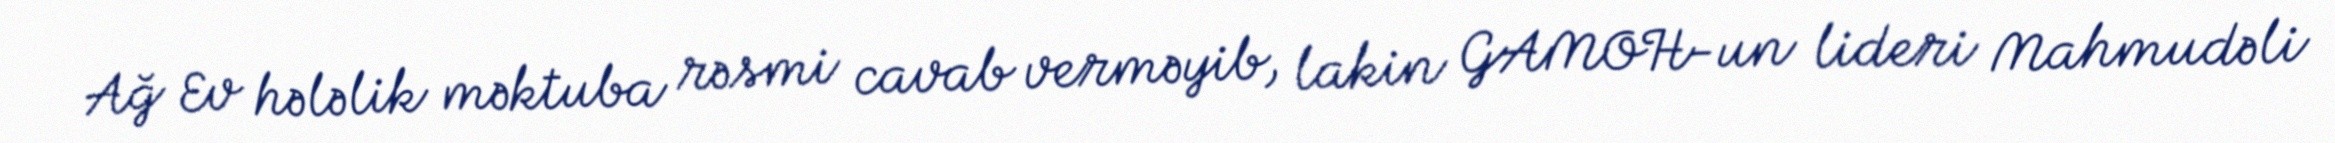
Ağ Ev hələlik məktuba rəsmi cavab verməyib, lakin GAMOH-un lideri Mahmudəli